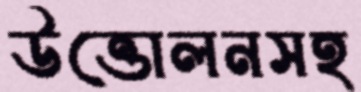
উত্তোলনসহ